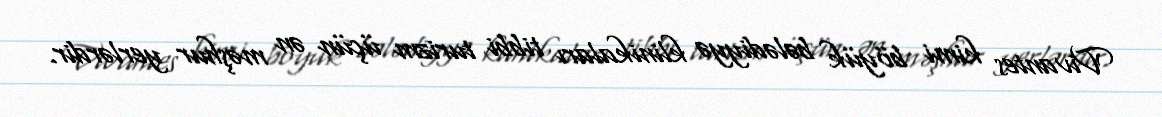
Vivantes kimi böyük bələdiyyə klinikaları tibbi turizm üçün ən məşhur yerlərdir.